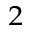
^ { 2 }